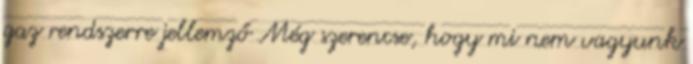
gaz rendszerre jellemző Még szerencse, hogy mi nem vagyunk